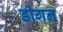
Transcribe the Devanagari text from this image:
डीगन